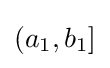
{\textstyle (a_{1},b_{1}]}